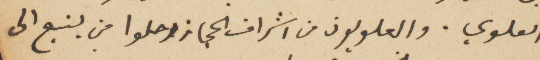
العلوي. والعلويون من اشراف الحجاز رحلوا من ينبع الى